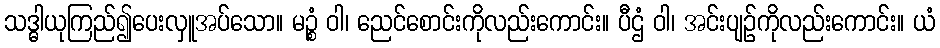
သဒ္ဓါယုကြည်၍ပေးလှူအပ်သော။ မဉ္စံ ဝါ၊ ညေင်စောင်းကိုလည်းကောင်း။ ပီဌံ ဝါ၊ အင်းပျဉ်ကိုလည်းကောင်း။ ယံ